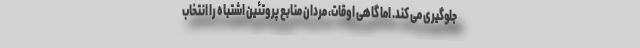
جلوگیری می کند. اما گاهی اوقات، مردان منابع پروتئین اشتباه را انتخاب